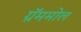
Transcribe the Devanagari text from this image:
ग्रॅममोल